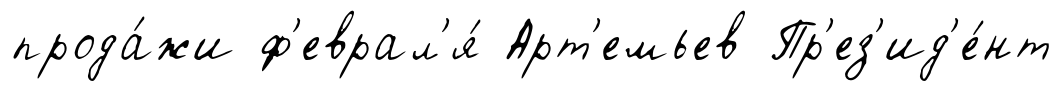
прода́жи ф'еврал'я́ Арт'емьев Пр'ез'ид'е́нт